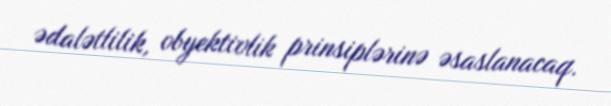
ədalətlilik, obyektivlik prinsiplərinə əsaslanacaq.